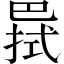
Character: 𢁊